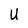
Character: U